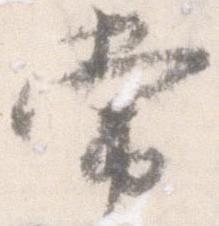
常